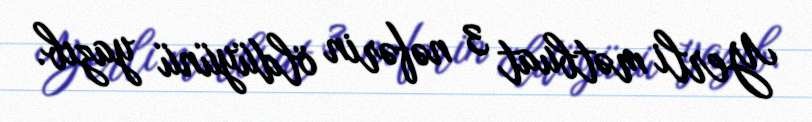
Yerli mətbuat 3 nəfərin öldüyünü yazıb.